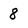
Character: 8